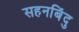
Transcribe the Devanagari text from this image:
सहनबिंदु